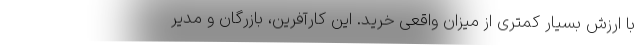
با ارزش بسیار کمتری از میزان واقعی خرید. این کارآفرین، بازرگان و مدیر